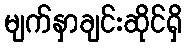
မျက်နှာချင်းဆိုင်ရှိ